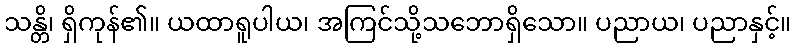
သန္တိ၊ ရှိကုန်၏။ ယထာရူပါယ၊ အကြင်သို့သဘောရှိသော။ ပညာယ၊ ပညာနှင့်။